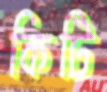
কিটি